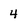
Character: 4